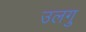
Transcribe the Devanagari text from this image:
उलगु